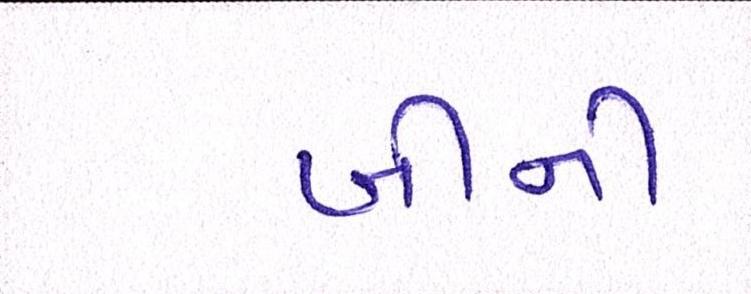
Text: બીની